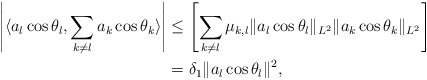
\begin{align*}\left| \langle a_l\cos\theta_l, \sum_{k\neq l}a_{k}\cos\theta_{k}\rangle \right|&\leq \left[ \sum_{k\neq l} \mu_{k,l} \|a_l\cos\theta_l\|_{L^2}\|a_k\cos\theta_k\|_{L^2} \right] \\&=\delta_1 \|a_l\cos\theta_l\|^2,\end{align*}